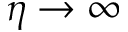
\eta \to \infty